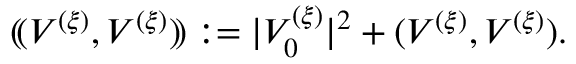
( \! ( V ^ { ( \xi ) } , V ^ { ( \xi ) } ) \! ) : = | V _ { 0 } ^ { ( \xi ) } | ^ { 2 } + ( V ^ { ( \xi ) } , V ^ { ( \xi ) } ) .